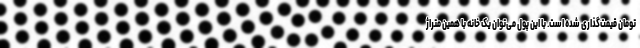
تومان قیمت‌گذاری شده است. با این پول می‌توان یک خانه با همین متراژ